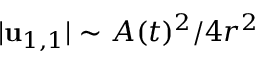
\vert \mathbf { u } _ { 1 , 1 } \vert \sim A ( t ) ^ { 2 } / 4 r ^ { 2 }